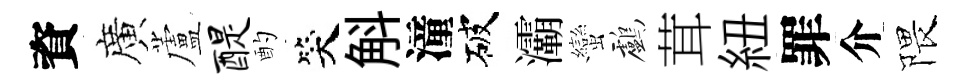
資廣蘆醍酌笑斛潼破灞蠻鸕茸紐罪介隈